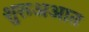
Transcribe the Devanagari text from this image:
शुरूअआत